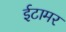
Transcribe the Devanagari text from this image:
ईटामर